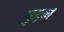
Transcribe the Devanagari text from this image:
मुद्दल